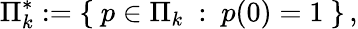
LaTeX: \Pi_{k}^{*}:=\left\lbrace\ p\in\Pi_{k}\ :\ p(0)=1\ \right\rbrace\, ,